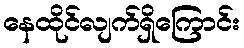
နေထိုင်လျက်ရှိကြောင်း